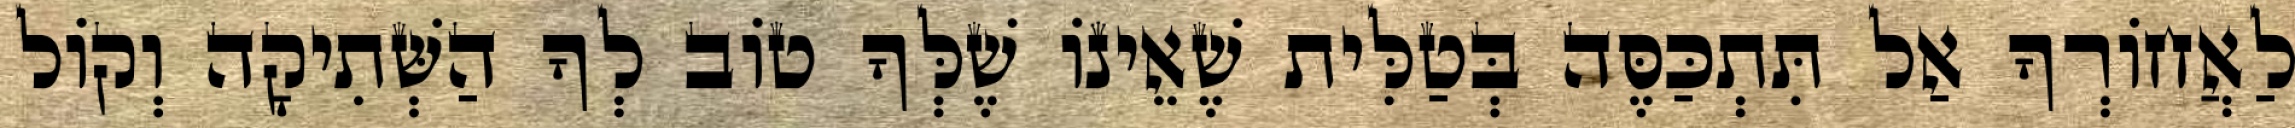
לַאֲחוֹרְךָ אַל תִּתְכַּסֶּה בְּטַלִּית שֶׁאֵינוֹ שֶׁלְּךָ טוֹב לְךָ הַשְּׁתִיקָה וְקוֹל